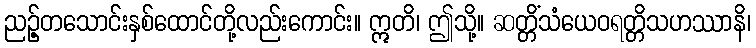
ညဉ့်တသောင်းနှစ်ထောင်တို့လည်းကောင်း။ ဣတိ၊ ဤသို့။ ဆတ္တိံသံယေဝရတ္တိသဟဿာနိ၊